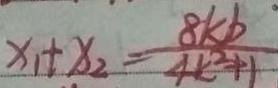
x _ { 1 } + x _ { 2 } = \frac { 8 k b } { 4 k ^ { 2 } + 1 }